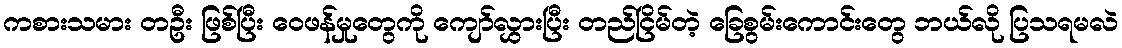
ကစားသမား တဦး ဖြစ်ပြီး ဝေဖန်မှုတွေကို ကျော်လွှားပြီး တည်ငြိမ်တဲ့ ခြေစွမ်းကောင်းတွေ ဘယ်လို ပြသရမလဲ